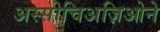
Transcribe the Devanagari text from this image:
अस्सोचिअज़िओने